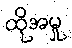
ထိုအမှု